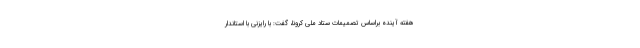
هفته آینده براساس تصمیمات ستاد ملی کرونا، گفت: با رایزنی با استاندار